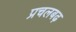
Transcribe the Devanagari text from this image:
प्रचलबढ़